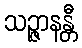
သဉ္ဇာနန္တီ